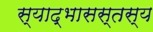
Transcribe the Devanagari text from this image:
स्याद्भासस्तस्य